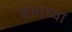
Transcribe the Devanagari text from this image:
सभांच्या